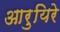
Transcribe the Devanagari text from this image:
आरुयिरे